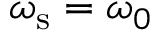
\omega _ { \mathrm { s } } = \omega _ { 0 }